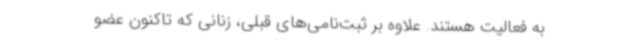
به فعالیت هستند. علاوه بر ثبت‌نامی‌های قبلی، زنانی که تاکنون عضو